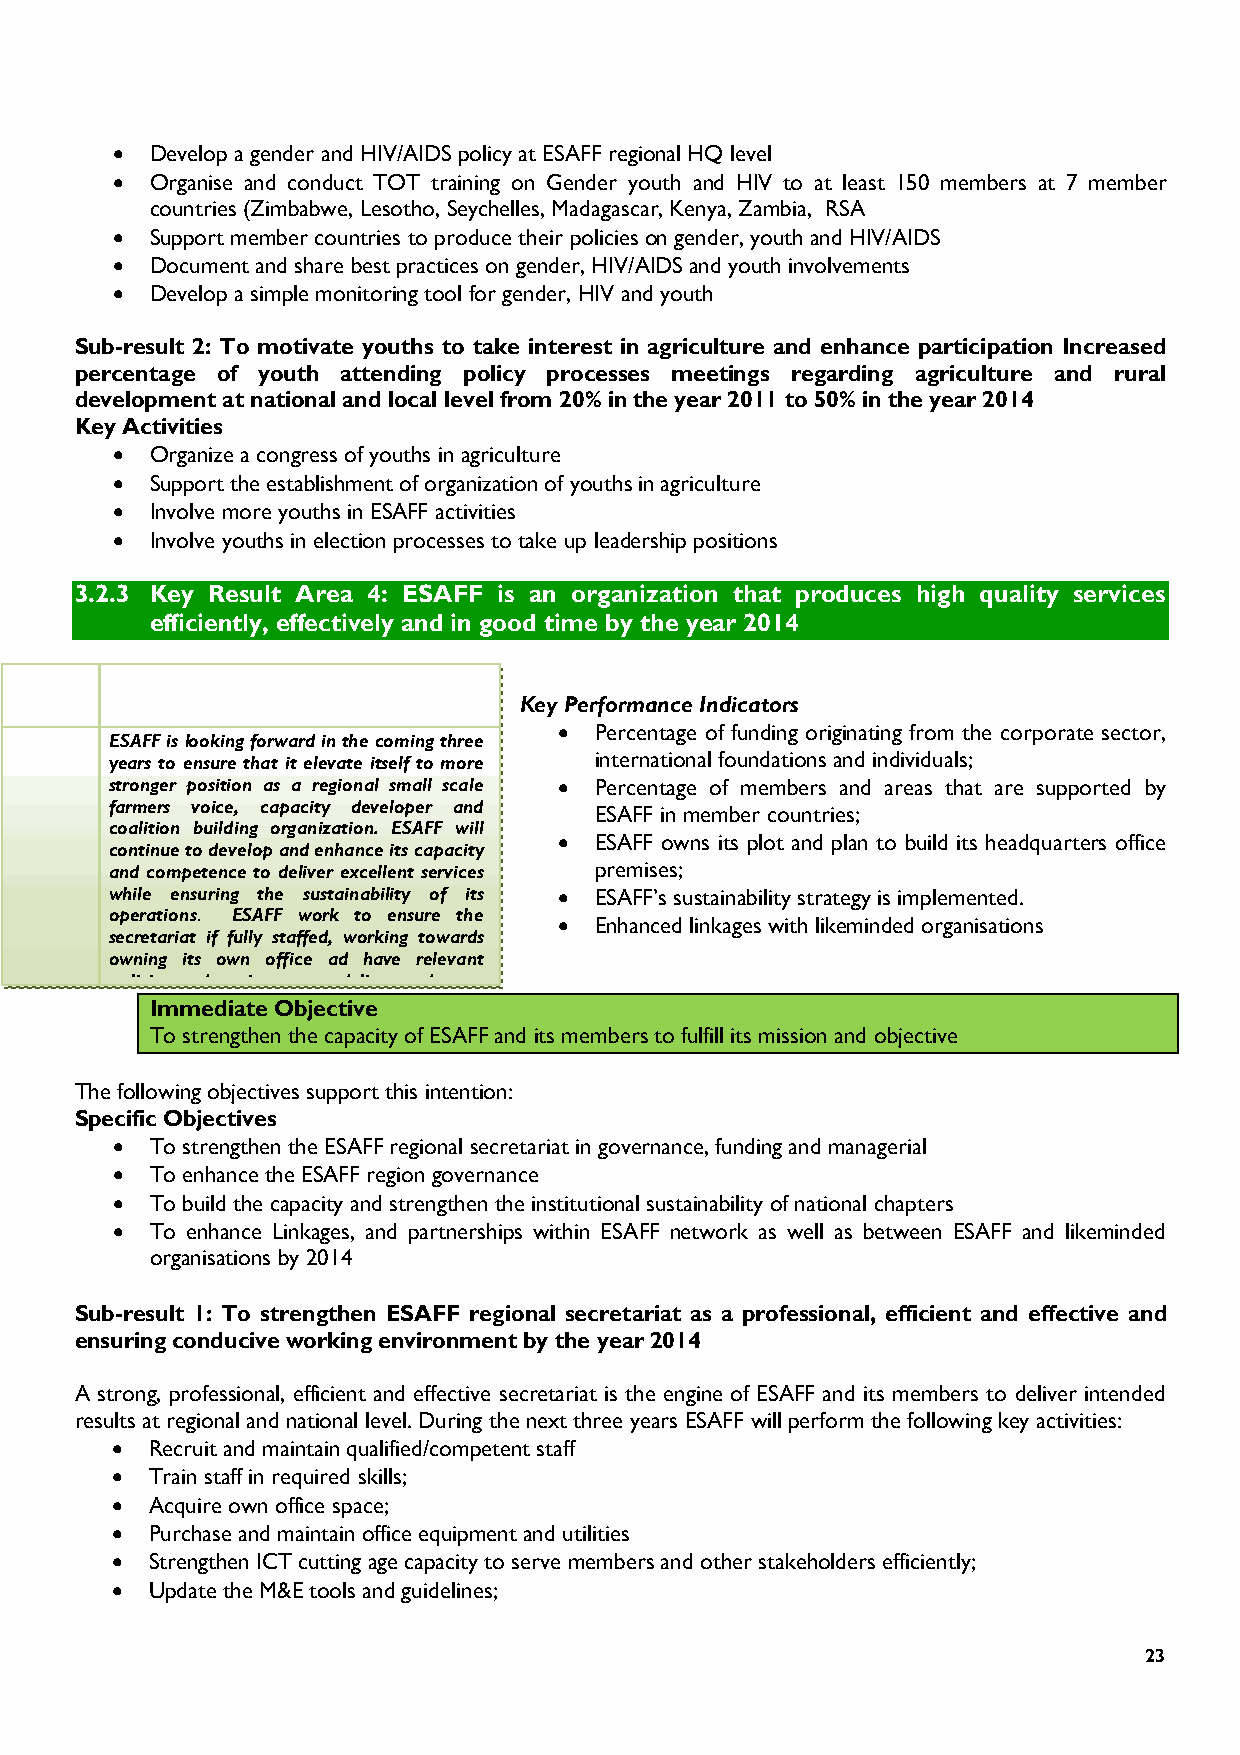
•  Develop a gender and HIV/AIDS policy at ESAFF regional HQ level
 •  Organise and conduct TOT training on Gender youth and HIV to at least 150 members at 7 member
 countries (Zimbabwe, Lesotho, Seychelles, Madagascar, Kenya, Zambia, RSA
 •  Support member countries to produce their policies on gender, youth and HIV/AIDS
 •  Document and share best practices on gender, HIV/AIDS and youth involvements
 •  Develop a simple monitoring tool for gender, HIV and youth
 Sub-result 2: To motivate youths to take interest in agriculture and enhance participation Increased
 percentage of youth attending policy processes meetings regarding agriculture and rural
 development at national and local level from 20% in the year 2011 to 50% in the year 2014
 Key Activities
 •  Organize a congress of youths in agriculture
 •  Support the establishment of organization of youths in agriculture
 •  Involve more youths in ESAFF activities
 •  Involve youths in election processes to take up leadership positions
 3.2.3 Key Result Area 4: ESAFF is an organization that produces high quality services
 efficiently, effectively and in good time by the year 2014
 Key Performance Indicators
 • Percentage of funding originating from the corporate sector,
 ESAFF is looking forward in the coming three
 years to ensure that it elevate itself to more international foundations and individuals;
 stronger position as a regional small scale • Percentage of members and areas that are supported by
 farmers voice, capacity developer and ESAFF in member countries;
 coalition building organization. ESAFF will
 • ESAFF owns its plot and plan to build its headquarters office
 continue to develop and enhance its capacity
 and competence to deliver excellent services premises;
 while ensuring the sustainability of its • ESAFF’s sustainability strategy is implemented.
 operations. ESAFF work to ensure the • Enhanced linkages with likeminded organisations
 secretariat if fully staffed, working towards
 owning its own office ad have relevant
 policies and equipment to deliver and serve
 Immediate Objective
 To strengthen the capacity of ESAFF and its members to fulfill its mission and objective
 The following objectives support this intention:
 Specific Objectives
 •  To strengthen the ESAFF regional secretariat in governance, funding and managerial
 •  To enhance the ESAFF region governance
 •  To build the capacity and strengthen the institutional sustainability of national chapters
 •  To enhance Linkages, and partnerships within ESAFF network as well as between ESAFF and likeminded
 organisations by 2014
 Sub-result 1: To strengthen ESAFF regional secretariat as a professional, efficient and effective and
 ensuring conducive working environment by the year 2014
 A strong, professional, efficient and effective secretariat is the engine of ESAFF and its members to deliver intended
 results at regional and national level. During the next three years ESAFF will perform the following key activities:
 •  Recruit and maintain qualified/competent staff
 •  Train staff in required skills;
 •  Acquire own office space;
 •  Purchase and maintain office equipment and utilities
 •  Strengthen ICT cutting age capacity to serve members and other stakeholders efficiently;
 •  Update the M&E tools and guidelines;
 23